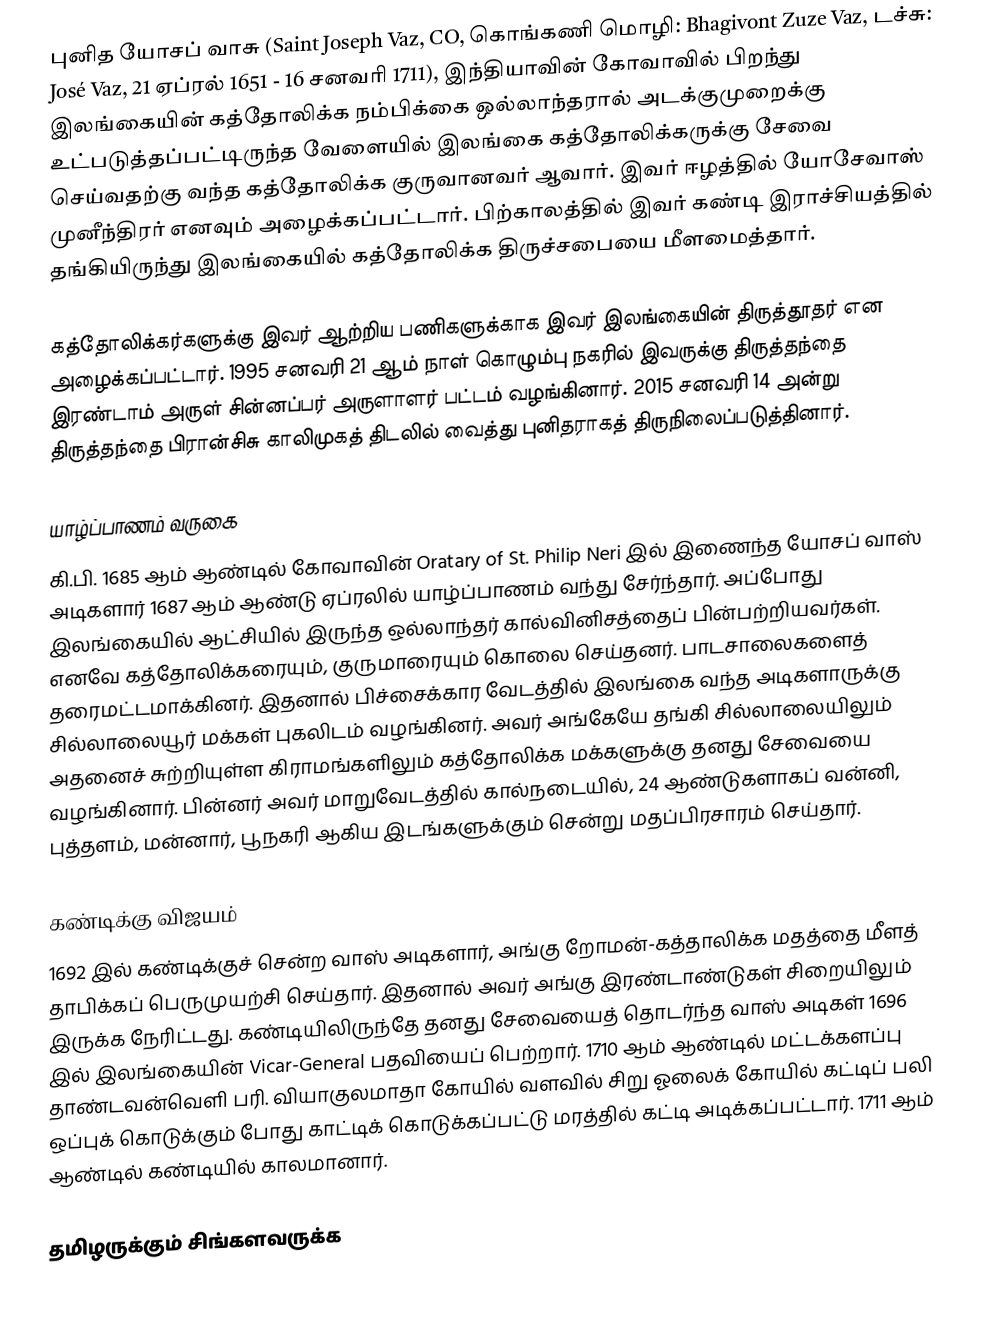
புனித யோசப் வாசு (Saint Joseph Vaz, CO, கொங்கணி மொழி: Bhagivont Zuze Vaz, டச்சு: José Vaz, 21 ஏப்ரல் 1651 - 16 சனவரி 1711), இந்தியாவின் கோவாவில் பிறந்து இலங்கையின் கத்தோலிக்க நம்பிக்கை ஒல்லாந்தரால் அடக்குமுறைக்கு உட்படுத்தப்பட்டிருந்த வேளையில் இலங்கை கத்தோலிக்கருக்கு சேவை செய்வதற்கு வந்த கத்தோலிக்க குருவானவர் ஆவார். இவர் ஈழத்தில் யோசேவாஸ் முனீந்திரர் எனவும் அழைக்கப்பட்டார். பிற்காலத்தில் இவர் கண்டி இராச்சியத்தில் தங்கியிருந்து இலங்கையில் கத்தோலிக்க திருச்சபையை மீளமைத்தார்.

கத்தோலிக்கர்களுக்கு இவர் ஆற்றிய பணிகளுக்காக இவர் இலங்கையின் திருத்தூதர் என அழைக்கப்பட்டார். 1995 சனவரி 21 ஆம் நாள் கொழும்பு நகரில் இவருக்கு திருத்தந்தை இரண்டாம் அருள் சின்னப்பர் அருளாளர் பட்டம் வழங்கினார். 2015 சனவரி 14 அன்று திருத்தந்தை பிரான்சிசு காலிமுகத் திடலில் வைத்து புனிதராகத் திருநிலைப்படுத்தினார்.

யாழ்ப்பாணம் வருகை
கி.பி. 1685 ஆம் ஆண்டில் கோவாவின் Oratary of St. Philip Neri இல் இணைந்த யோசப் வாஸ் அடிகளார் 1687 ஆம் ஆண்டு ஏப்ரலில் யாழ்ப்பாணம் வந்து சேர்ந்தார். அப்போது இலங்கையில் ஆட்சியில் இருந்த ஒல்லாந்தர் கால்வினிசத்தைப் பின்பற்றியவர்கள். எனவே கத்தோலிக்கரையும், குருமாரையும் கொலை செய்தனர். பாடசாலைகளைத் தரைமட்டமாக்கினர். இதனால் பிச்சைக்கார வேடத்தில் இலங்கை வந்த அடிகளாருக்கு சில்லாலையூர் மக்கள் புகலிடம் வழங்கினர். அவர் அங்கேயே தங்கி சில்லாலையிலும் அதனைச் சுற்றியுள்ள கிராமங்களிலும் கத்தோலிக்க மக்களுக்கு தனது சேவையை வழங்கினார். பின்னர் அவர் மாறுவேடத்தில் கால்நடையில், 24 ஆண்டுகளாகப் வன்னி, புத்தளம், மன்னார், பூநகரி ஆகிய இடங்களுக்கும் சென்று மதப்பிரசாரம் செய்தார்.

கண்டிக்கு விஜயம்
1692 இல் கண்டிக்குச் சென்ற வாஸ் அடிகளார், அங்கு றோமன்-கத்தாலிக்க மதத்தை மீளத் தாபிக்கப் பெருமுயற்சி செய்தார். இதனால் அவர் அங்கு இரண்டாண்டுகள் சிறையிலும் இருக்க நேரிட்டது. கண்டியிலிருந்தே தனது சேவையைத் தொடர்ந்த வாஸ் அடிகள் 1696 இல் இலங்கையின் Vicar-General பதவியைப் பெற்றார். 1710 ஆம் ஆண்டில் மட்டக்களப்பு தாண்டவன்வெளி பரி. வியாகுலமாதா கோயில் வளவில் சிறு ஓலைக் கோயில் கட்டிப் பலி ஒப்புக் கொடுக்கும் போது காட்டிக் கொடுக்கப்பட்டு மரத்தில் கட்டி அடிக்கப்பட்டார். 1711 ஆம் ஆண்டில் கண்டியில் காலமானார்.

தமிழருக்கும் சிங்களவருக்க